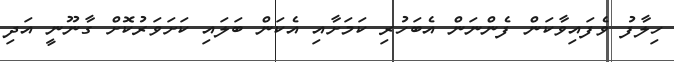
ހިލާފު ވެފައިވާކަން ފެންނަން އެބަހުރި ކަމަށާއި އެކަން ބަލައި ކަށަވަރުކޮށް ގާނޫނީ އަދި